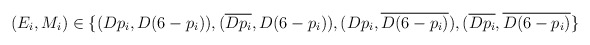
\begin{align*}(E_i,M_i) \in \{(Dp_i,D(6-p_i)),(\overline{Dp_i},D(6-p_i)),(Dp_i,\overline{D(6-p_i)}),(\overline{Dp_i},\overline{D(6-p_i)}\}\end{align*}